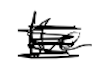
Text: the
Cross-out: scratch
Writing tool: digital_black